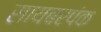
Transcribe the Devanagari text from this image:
सायबरपंक